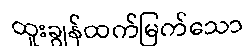
ထူးချွန်ထက်မြက်သော